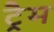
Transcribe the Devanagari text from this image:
ट्रैम